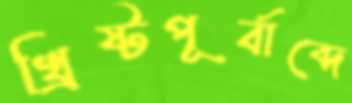
খ্রিষ্টপূর্বাব্দে